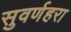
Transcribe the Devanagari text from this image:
सुवर्णहरा